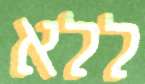
ללא